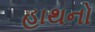
હાથનો